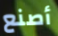
أصنع